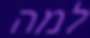
למה